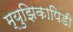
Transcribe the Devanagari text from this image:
म्युझिकापिडी